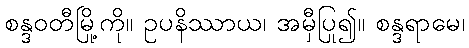
စန္ဒဝတီမြို့ကို။ ဥပနိဿာယ၊ အမှီပြု၍။ စန္ဒရာမေ၊